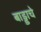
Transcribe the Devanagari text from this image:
बाड्डाचे